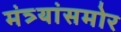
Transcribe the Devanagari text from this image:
मंत्र्यांसमोर